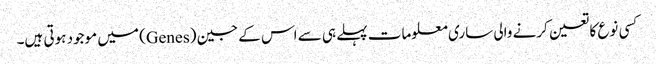
کسی نوع کا تعین کرنے والی ساری معلومات پہلے ہی سے اس کے جین (Genes) میں موجود ہوتی ہیں۔